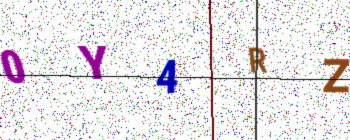
Text: 0Y4RZ